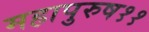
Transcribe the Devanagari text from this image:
महापुरुष११